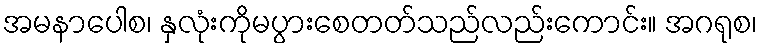
အမနာပေါစ၊ နှလုံးကိုမပွားစေတတ်သည်လည်းကောင်း။ အဂရုစ၊